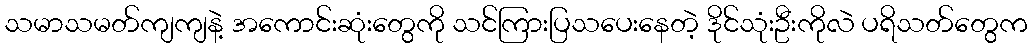
သမာသမတ်ကျကျနဲ့ အကောင်းဆုံးတွေကို သင်ကြားပြသပေးနေတဲ့ ဒိုင်သုံးဦးကိုလဲ ပရိသတ်တွေက